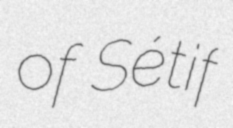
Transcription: of Sétif